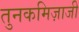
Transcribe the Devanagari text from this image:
तुनकमिज़ाजी